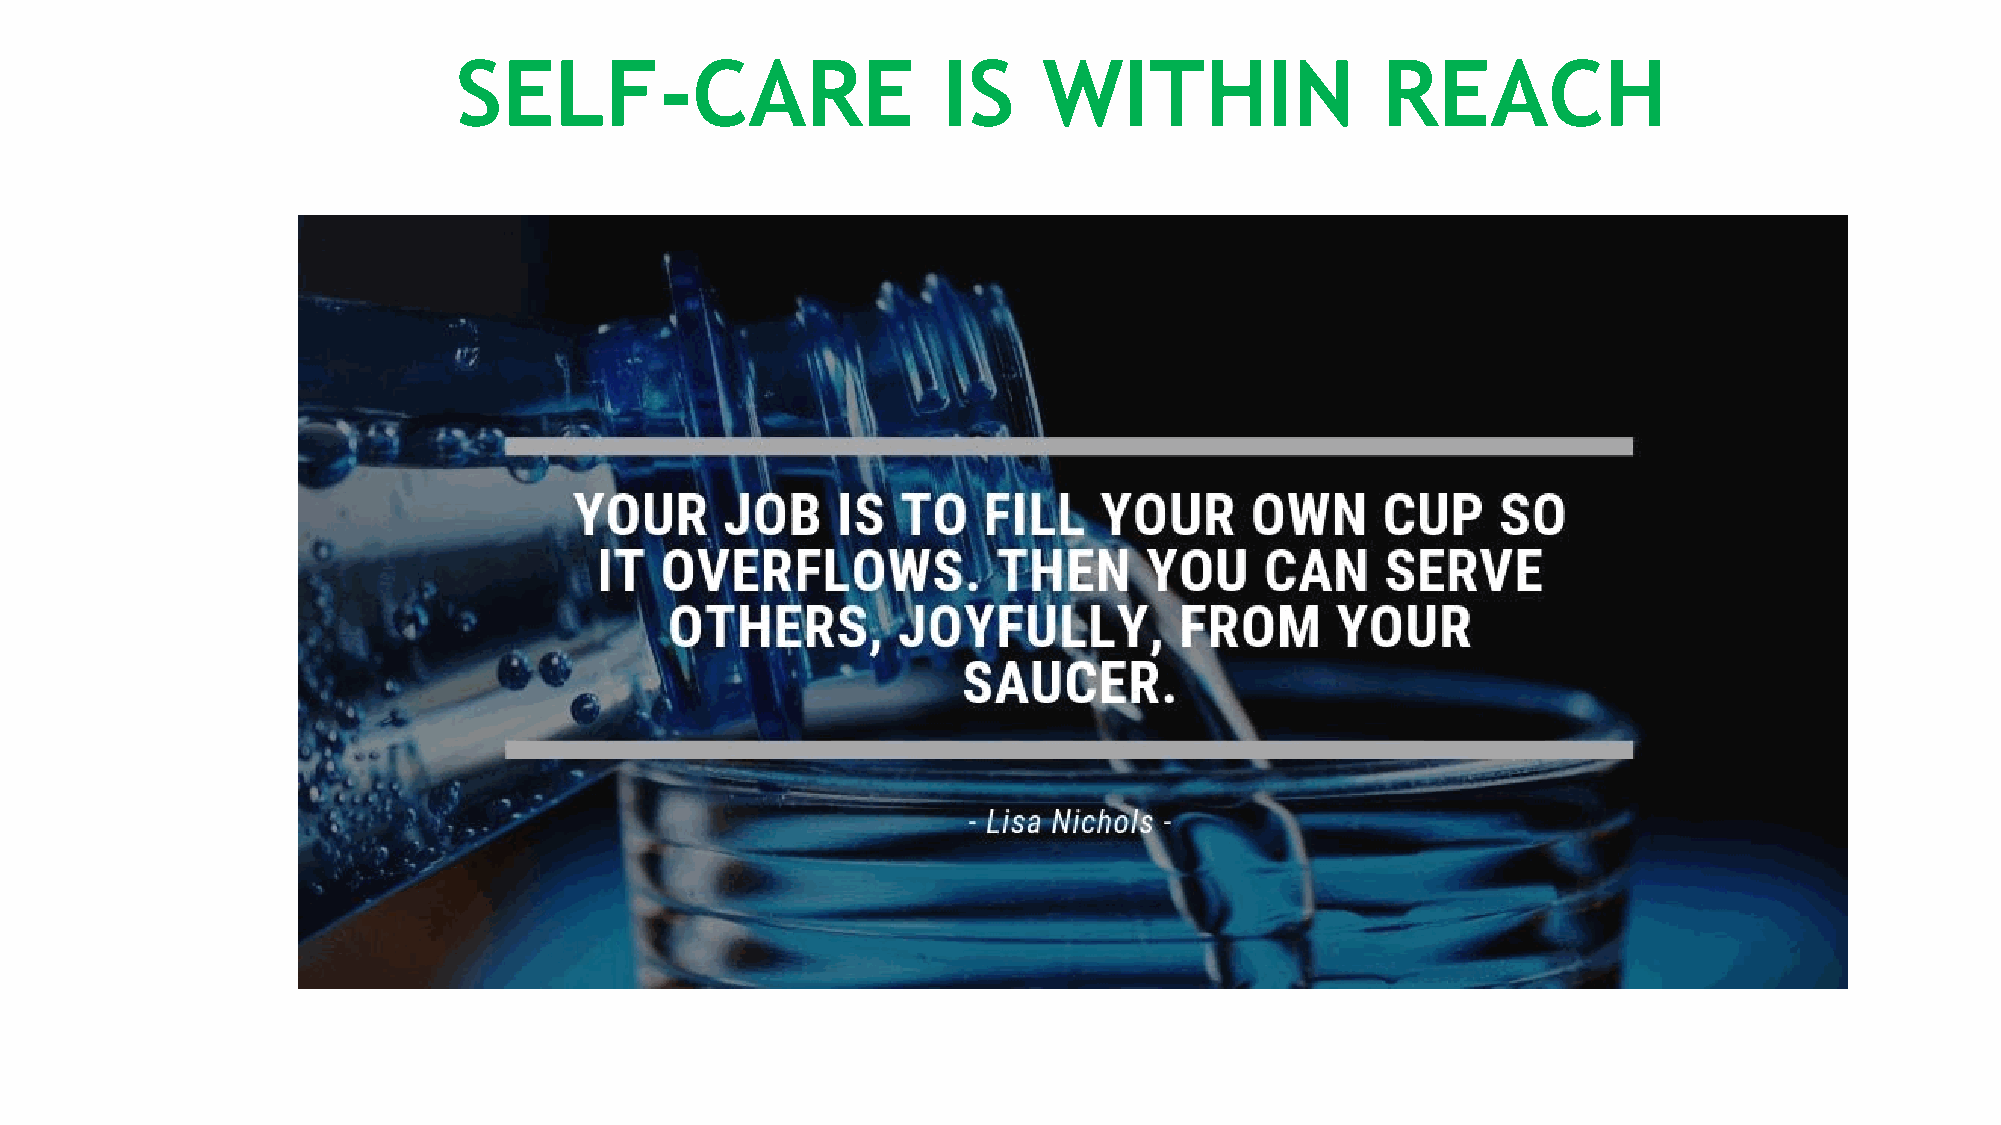
SELF-CARE                       IS     WITHIN                REACH